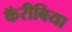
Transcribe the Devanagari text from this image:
कॅरीबिया